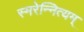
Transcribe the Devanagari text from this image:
स्मरेन्‍नित्यम्‌